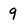
Character: 9